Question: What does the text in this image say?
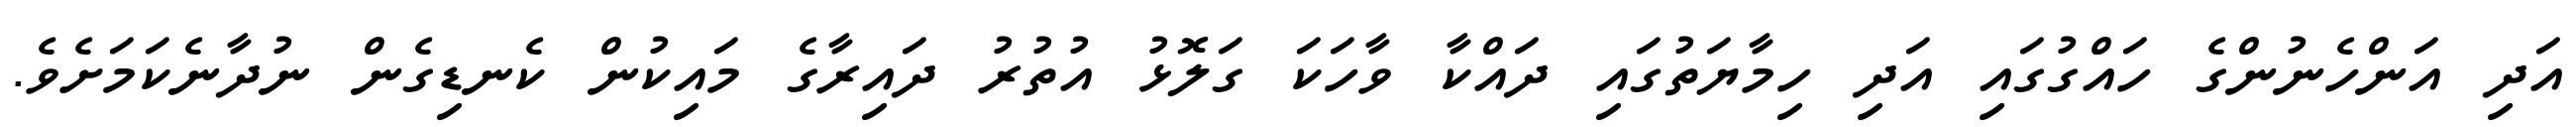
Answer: އަދި އަންހެނުންގެ ހައްގުގައި އަދި ހިމާޔަތުގައި ދައްކާ ވާހަކަ ގަލޮޅު އުތުރު ދައިރާގެ މައިކުން ކެނޑިގެން ނުދާނެކަމަށެވެ.